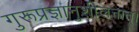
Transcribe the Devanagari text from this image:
गुरूप्रज्ञानुशीलनात्।